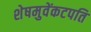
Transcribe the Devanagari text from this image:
शेषमुवेंकटपति